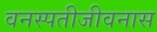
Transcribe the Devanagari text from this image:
वनस्पतीजीवनास